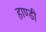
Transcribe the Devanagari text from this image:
हाण्डी